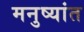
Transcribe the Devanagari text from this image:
मनुष्यांत